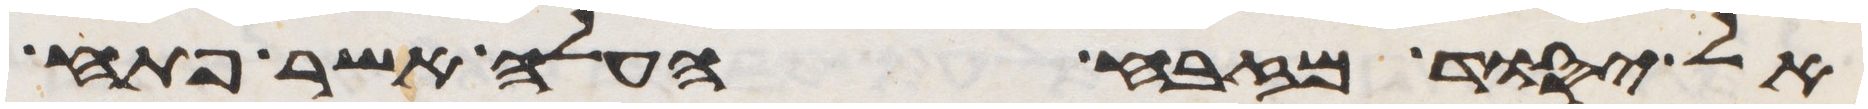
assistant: אל יסוד מזבח העלה אשר פתח